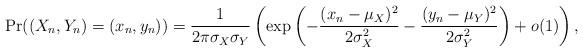
LaTeX: \begin{align*} \Pr( (X_n,Y_n) = (x_n,y_n) ) = \frac{1}{2\pi \sigma_X\sigma_Y} \left( \exp\left(-\frac{(x_n-\mu_X)^2}{2\sigma_X^2}-\frac{(y_n-\mu_Y)^2}{2\sigma_Y^2}\right) + o(1) \right),\end{align*}